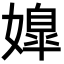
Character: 𡠖